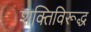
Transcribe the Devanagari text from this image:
शक्तिविरूद्ध